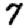
Digit: 7